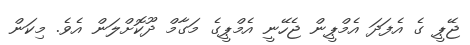
ޖޭޕީ ގެ އެފަދަ އެމްޕީން ޖެހޭނީ އެމްޕީގެ މަގާމް ދޫކޮށްލަން އެވެ. މިކަން